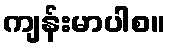
ကျန်းမာပါစ။